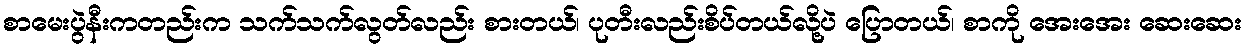
စာမေးပွဲနီးကတည်းက သက်သက်လွတ်လည်း စားတယ်၊ ပုတီးလည်းစိပ်တယ်လို့ပဲ ပြောတယ်၊ စာကို အေးအေး ဆေးဆေး